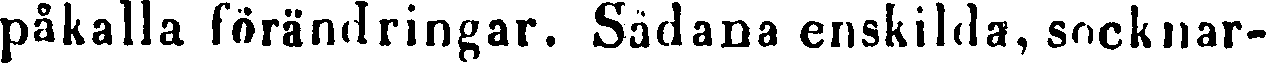
påkalla förändringar. Sådana enskilda, socknar-